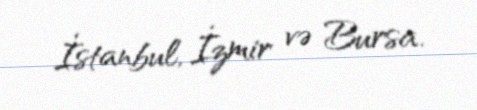
İstanbul, İzmir və Bursa.